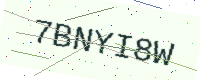
Text: 7BNYI8W